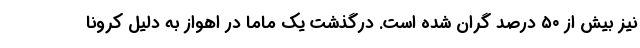
نیز بیش از ۵۰ درصد گران شده است. درگذشت یک ماما در اهواز به دلیل کرونا